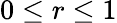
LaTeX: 0\leq r\leq 1